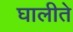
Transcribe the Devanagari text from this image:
घालीते